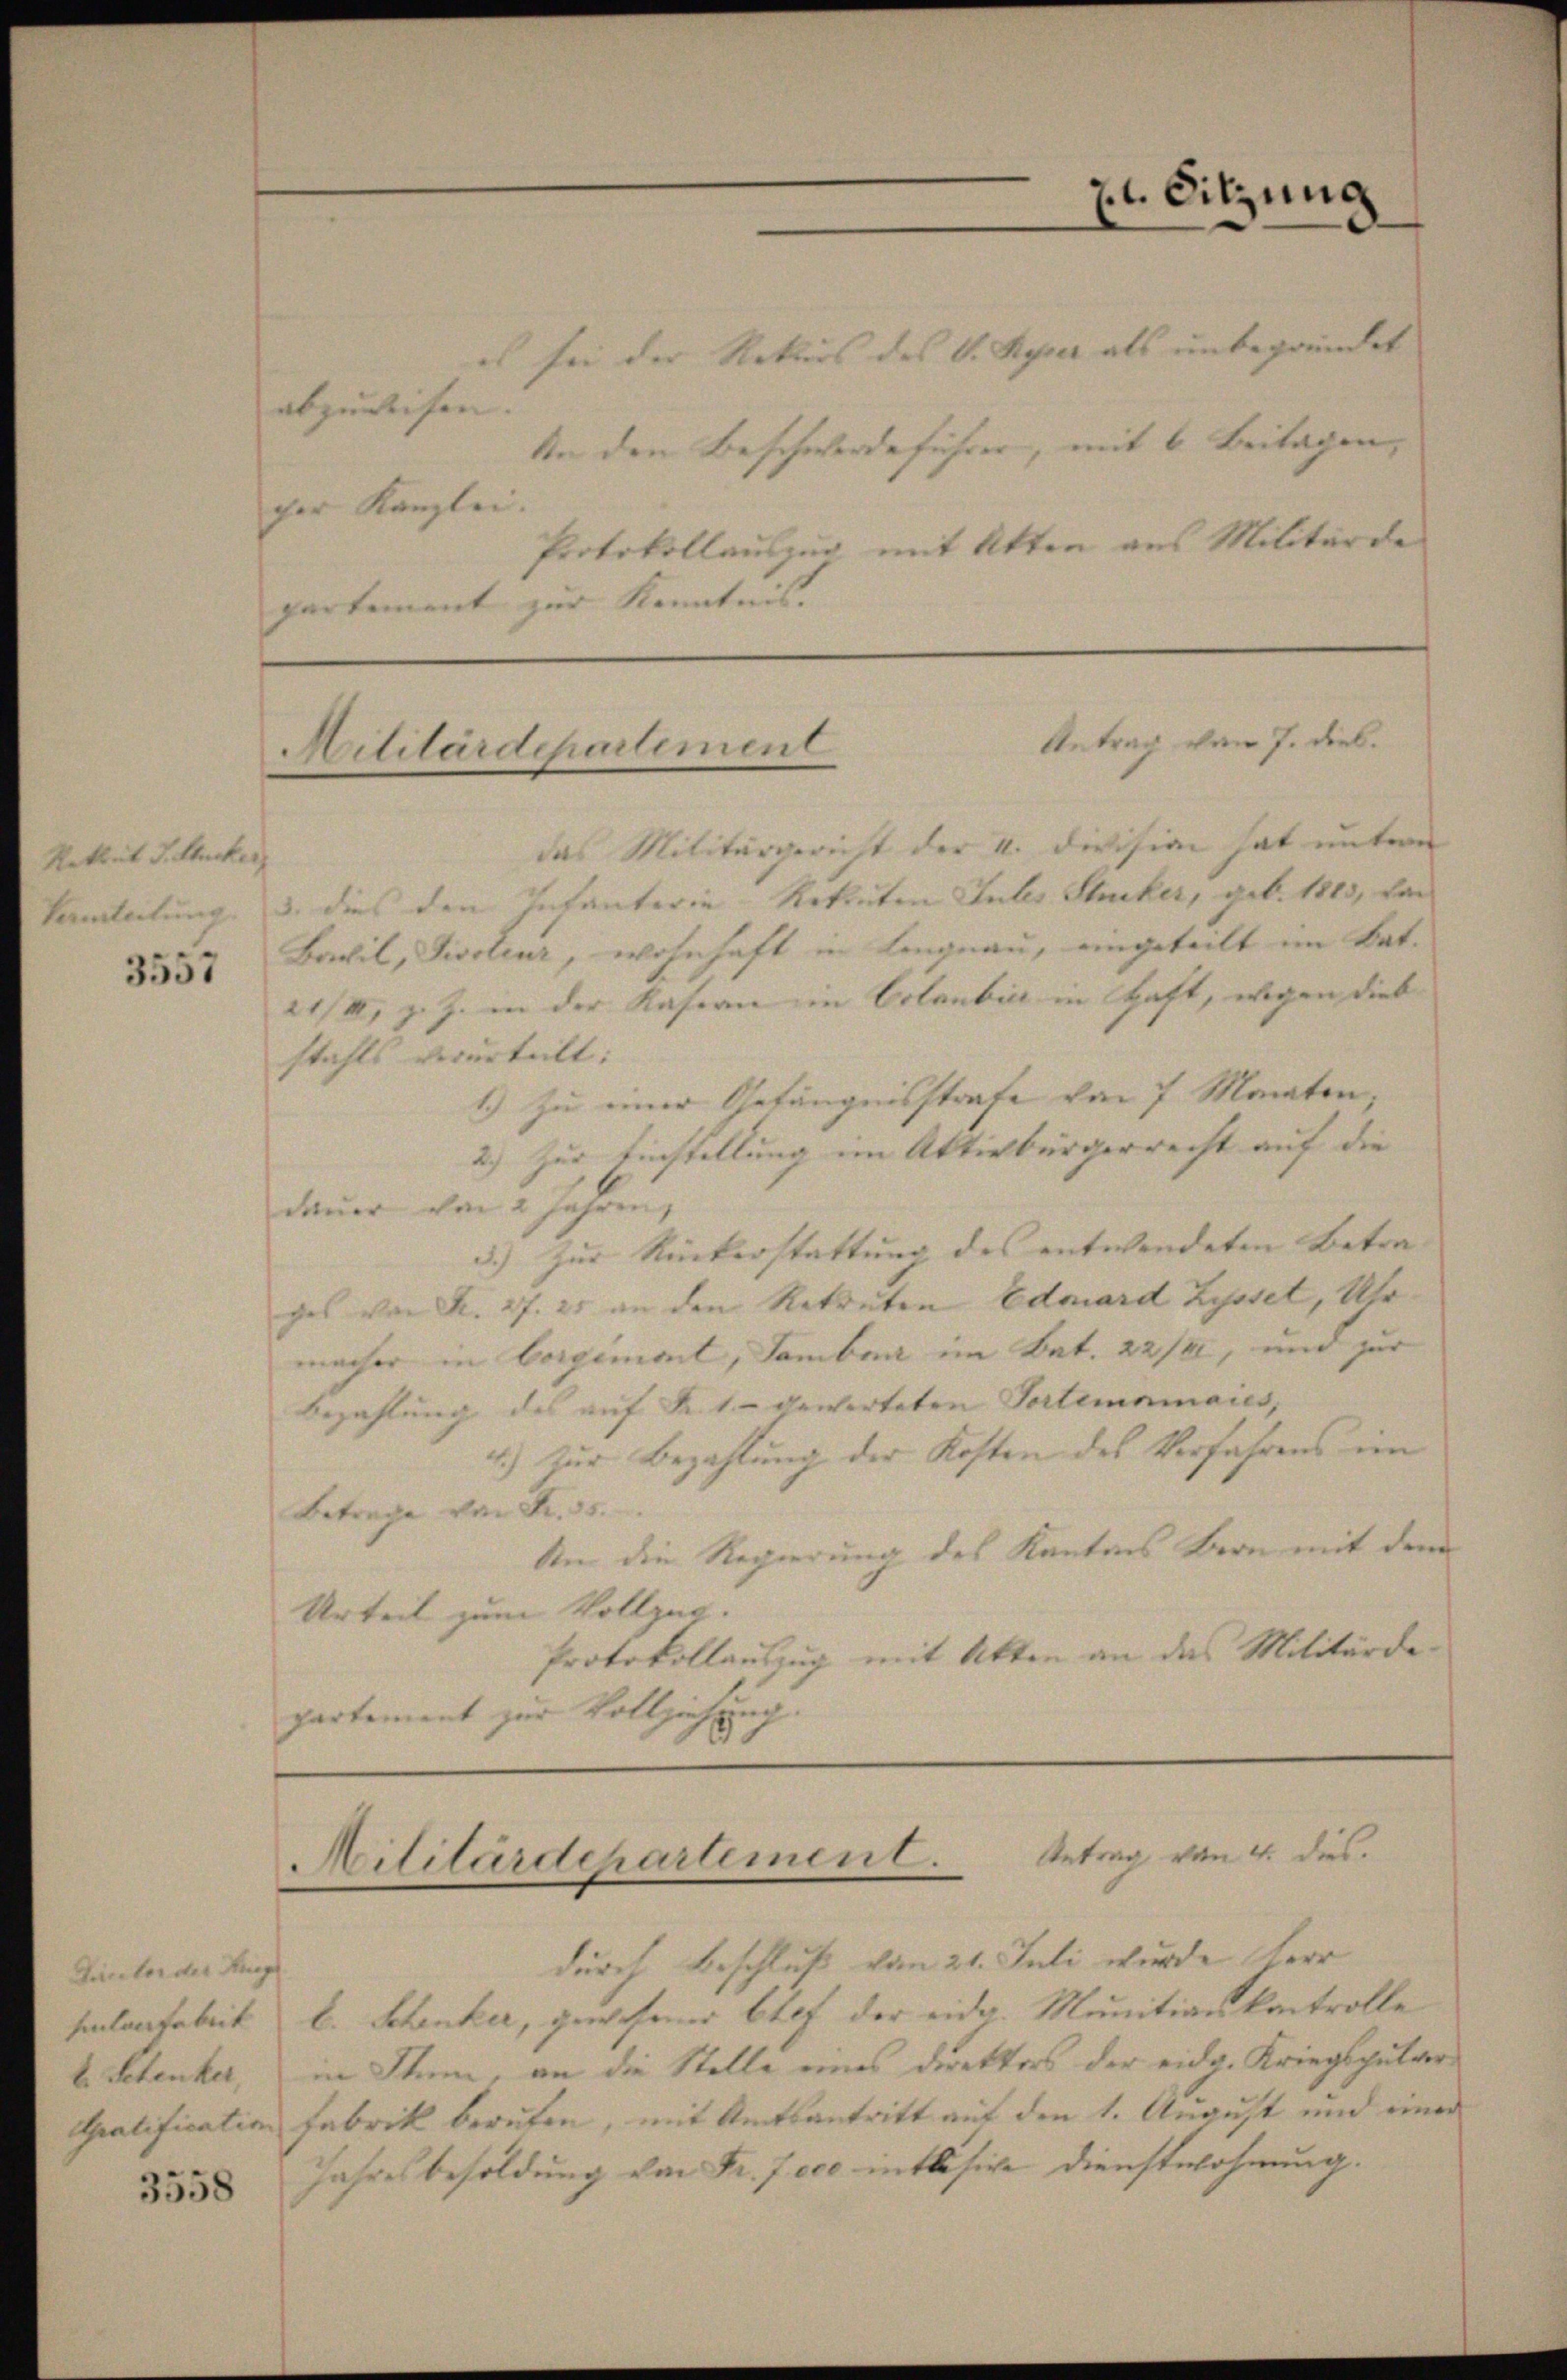
Rekrut J. Gucker
Vamteilung

3557

Punctor der Hung
hulvertrheit
b. Petenker,
Apratification

3558

es sei der Rekurs des V. Kypper als unbegründet
abzuweisen |
An den Beschwerdeführer, mit 6 Beitagen, |
cher Kanzlei.
Protokollauszug mit Atten aus Militärde
partement zur Kenntnis. |

das Militärgericht der I. Division hat untern
3. dies den Infanterie-Rekruten Jubes Stucker, geb. 1815, kan
Bachil, Distenz, wohnhaft in Langnau, eingeteilt im Bat.
21/I, z. Z. in der Kasern in Erlaubic in Haft, wegen dies
stahls verurteilt:
1.) Zu einer Gefängnisstrafe von 7 Marten,
2.) Zur Einstellung im Aktivbürgerrecht auf die
dauer von 2 Jahren,
3.) Zur Rükerstattung des entwendeten Betra- |
ges von S. 27. 25 an den Rekruten Eduard Zyssel, Uhr
macher in Corgimont, Samben im Bat. 22/XI, und zur
bezahlung des auf Fr. 1.- gewarteten Tortemnmaies,
4.) Zur Bezahlung der Kosten des Verfahrens im
Betrage von Fr. 35.
An die Regierung des Kantons Baron mit dem
Urteil zum Vollzug.
Protokollauszug mit Akten an das Militärdepartement zur Vollziehung.

Er Sitzung

Antrag vom 7. dies.
Militärdepartement

Militärdepartement. Antrag von 4. dies

durch Beschluß vom 21. Juli wurde Herr
b. Schenker, gewesen bref der eide. Munitiankontrolle
in Sinn, an die Stelle eines Direktors der eidg. Kriegsputar¬
Fabrik berufen, mit Amtsantritt auf den 1. August und einer
Jahresbesoldung von Fr. 7 000 intlosige Dienstwohnung.